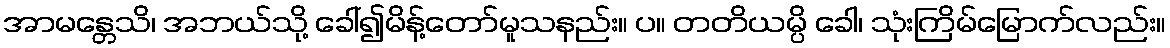
အာမန္တေသိ၊ အဘယ်သို့ ခေါ်၍မိန့်တော်မူသနည်း။ ပ။ တတိယမ္ပိ ခေါ၊ သုံးကြိမ်မြောက်လည်း။